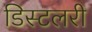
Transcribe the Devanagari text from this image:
डिस्टलरी